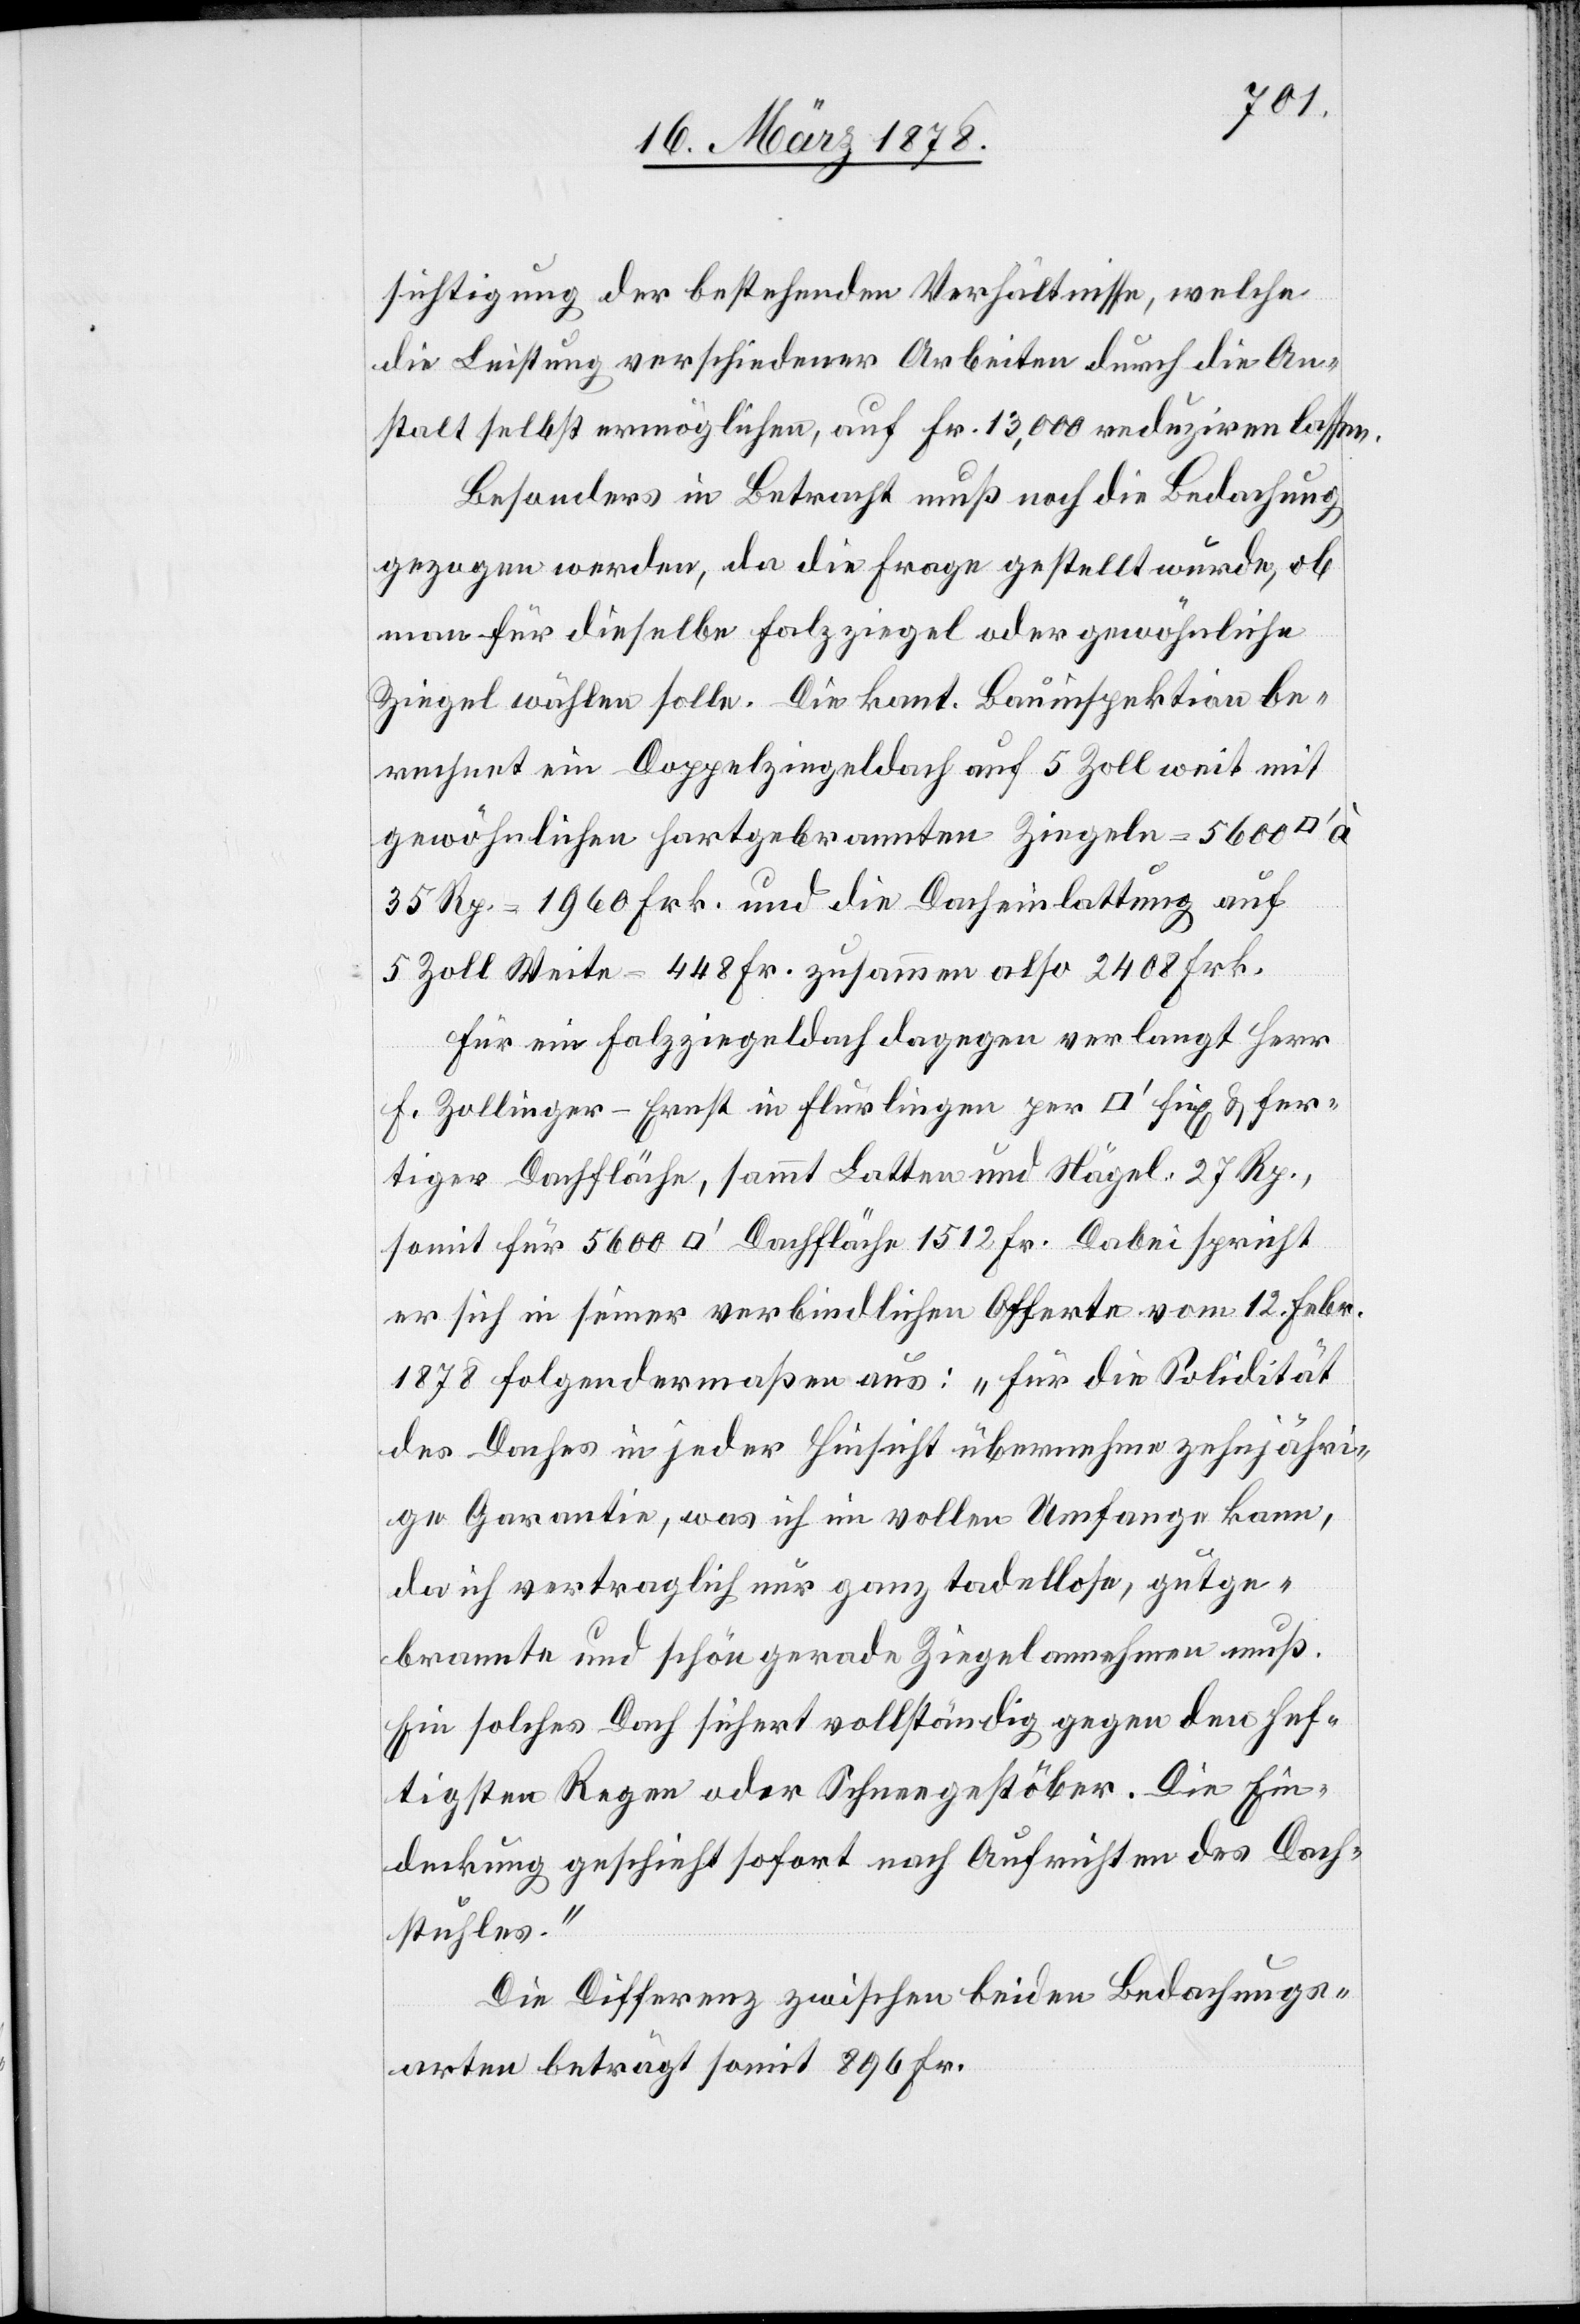
sichtigung der bestehenden Verhältnisse, welche
die Leistung verschiedener Arbeiten durch die An¬
stalt selbst ermöglichen, auf Fr. 13,000 reduziren lassen.
Besonders in Betracht muß noch die Bedachung
gezogen werden, da die Frage gestellt wurde, ob
man für dieselbe Falzziegel oder gewöhnliche
Ziegel wählen solle. Die kant. Bauinspektion be¬
rechnet ein Doppelziegeldach auf 5 Zoll weit mit
gewöhnlichen hartgebrannten Ziegeln = 5600
35 Rp. = 1960 Frk. und die Dacheinlattung auf
5 Zoll Weite = 448 Fr. zusammen also 2408 Frk.
Für ein Falzziegeldach dagegen verlangt Herr
F. Zollinger-Ernst in Flurlingen per [Quadratfuß] fix & fer¬
tiger Dachfläche, sammt Latten und Nägel 27 Rp.,
somit für 5600 [Quadratfuß] Dachfläche 1512 Fr. Dabei spricht
er sich in seiner verbindlichen Offerte vom 12 Febr.
1878 folgendermaßen aus: „Für die Solidität
des Daches in jeder Hinsicht übernehme [ich] zehnjähri¬
ge Garantie, was ich in vollen Umfange kann,
da ich vertraglich nur ganz tadellose, gutge¬
brannte und schön gerade Ziegel annehmen muß.
Ein solches Dach sichert vollständig gegen den hef¬
tigsten Regen oder Schneegestöber. Die Ein¬
deckung geschieht sofort nach Aufrichten des Dach¬
stuhles.“
Die Differenz zwischen beiden Bedachungs¬
arten beträgt somit 896 Fr.